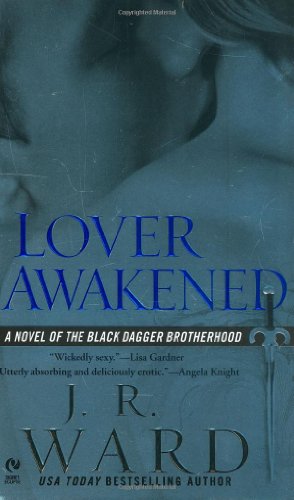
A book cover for Lover Awakened (Black Dagger Brotherhood, Book 3); J.R. Ward; Romance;